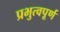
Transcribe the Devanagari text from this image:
प्रभुत्वपूर्ण